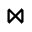
\bowtie